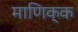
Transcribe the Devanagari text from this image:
माणिक्क